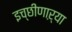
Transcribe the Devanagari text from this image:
इच्छीणाऱ्या